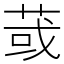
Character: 𦱂